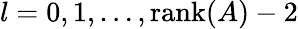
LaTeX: l=0,1,\dots,\operatorname{rank}(A)-2